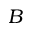
B